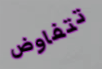
تتفاوض